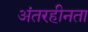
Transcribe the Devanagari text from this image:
अंतरहीनता